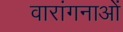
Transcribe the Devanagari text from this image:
वारांगनाओं